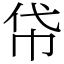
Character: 帒